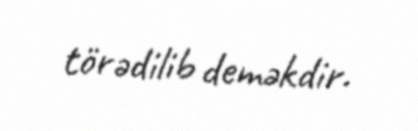
törədilib deməkdir.